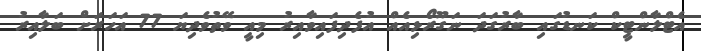
އެޓްލާންޓީކް ކަނޑުގައި ބާރުގަދަ ނަގޫރޯޅިއެއް އުފެދިފައިވާއިރު މިއީ ވޭތުވެދިޔަ 77 އަހަރަށް ބަލާއިރު